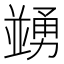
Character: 𠁜